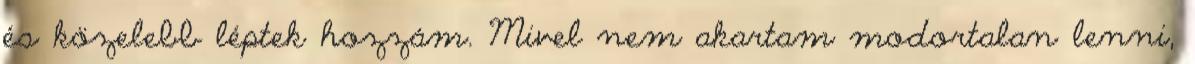
és közelebb léptek hozzám. Mivel nem akartam modortalan lenni,